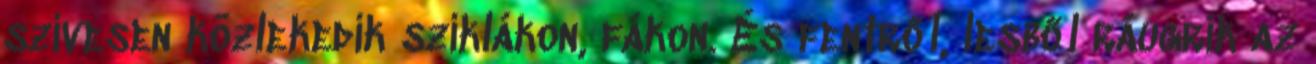
szívesen közlekedik sziklákon, fákon. És fentről, lesből ráugrik az